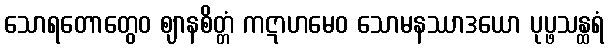
သောရတောတွေဝ ဈာနစိတ္တံ ကဋာဟမေဝ သောမနဿာဒယော ပုပ္ဖသန္ထရံ